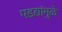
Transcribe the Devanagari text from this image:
पडद्यांमुळे